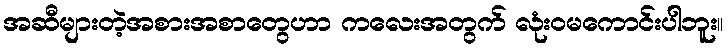
အဆီများတဲ့အစားအစာတွေဟာ ကလေးအတွက် လုံးဝမကောင်းပါဘူး။